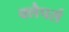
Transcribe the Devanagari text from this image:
क्लैपर्स